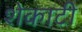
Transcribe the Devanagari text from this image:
शेकाटी